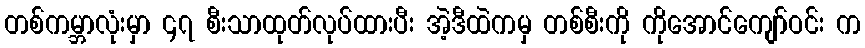
တစ်ကမ္ဘာလုံးမှာ ၄၇ စီးသာထုတ်လုပ်ထားပီး အဲ့ဒီထဲကမှ တစ်စီးကို ကိုအောင်ကျော်ဝင်း က